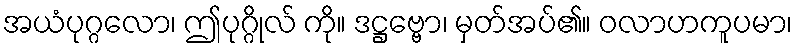
အယံပုဂ္ဂလော၊ ဤပုဂ္ဂိုလ် ကို။ ဒဋ္ဌဗ္ဗော၊ မှတ်အပ်၏။ ဝလာဟကူပမာ၊